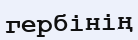
гербінің